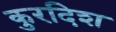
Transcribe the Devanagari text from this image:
कुरदिश